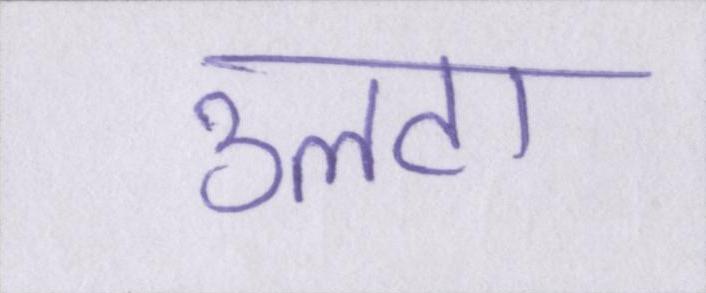
उलटा